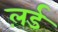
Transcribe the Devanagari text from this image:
ल़र्ड